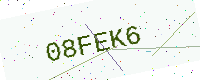
Text: 08FEK6